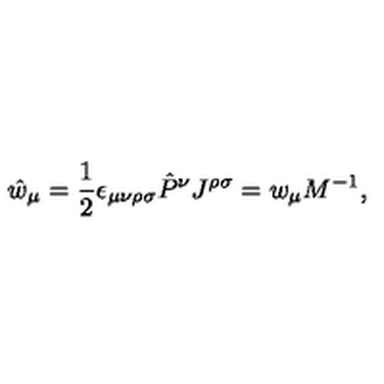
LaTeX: \hat { w } _ { \mu } = \frac { 1 } { 2 } \epsilon _ { \mu \nu \rho \sigma } \hat { P } ^ { \nu } J ^ { \rho \sigma } = w _ { \mu } M ^ { - 1 } ,